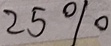
2 5 \%